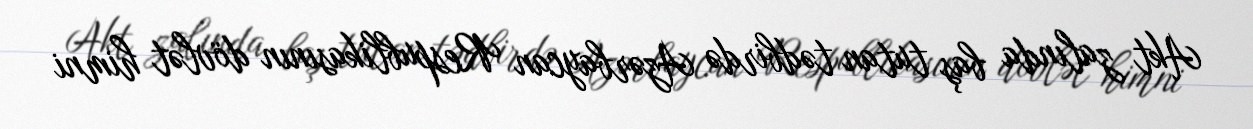
Akt zalında baş tutan tədbirdə Azərbaycan Respublikasının dövlət himni